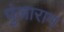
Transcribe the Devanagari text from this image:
पुंजाराम